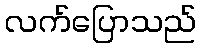
လက်ပြောသည်